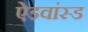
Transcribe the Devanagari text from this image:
ऐडवांस्ड